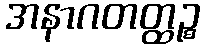
အနာဂတတ္ထဉ္စ